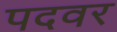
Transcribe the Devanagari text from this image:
पदवर